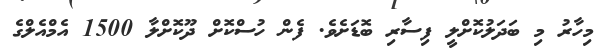
މިހާރު މި ބަދަލުކޮށްލީ ފިސާރި ބޮޑަށެވެ. ފެން ހުސްކޮށް ދޫކޮށްލާ 1500 އެމްއެލްގެ